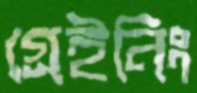
গ্রেইনিং